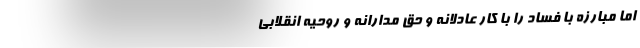
اما مبارزه با فساد را با کار عادلانه و حق مدارانه و روحیه انقلابی